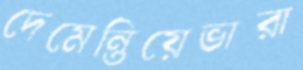
দেমেন্তিয়েভারা